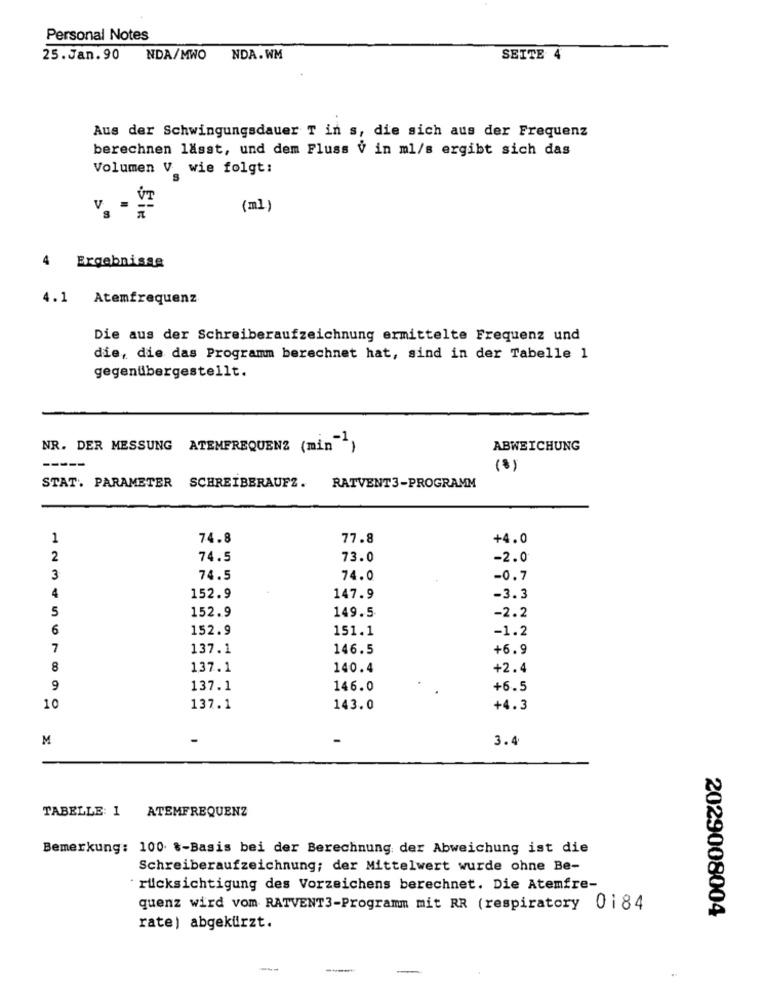
Personal Notes
25.Jan.90 NDA/MWO
NDA.WM
SEITE 4
Aus der Schwingungsdauer T in s, die sich aus der Frequenz
berechnen lässt, und dem Fluss V in ml/s ergibt sich das
Volumen V wie folgt:
(ml)
4 Ergebnisse
4.1 Atemfrequenz
Die aus der Schreiberaufzeichnung ermittelte Frequenz und
die, die das Programm berechnet hat, sind in der Tabelle 1
gegenübergestellt.
NR. DER MESSUNG ATEMFREQUENZ (min")
ABWEICHUNG
-----
(8)
STAT. PARAMETER SCHREIBERAUFZ.
RATVENT3-PROGRAMM
1
74.8
77.8
+4.0
2
74.5
73.0
-2.0
3
74.5
74.0
-0.7
4
152.9
147.9
-3.3
5
152.9
149.5
-2.2
6
152.9
151.1
-1.2
7
137.1
146.5
+6.9
8
137.1
140.4
+2.4
9
137.1
146.0
+6.5
10
137.1
143.0
+4.3
M
3.4
TABELLE: 1 ATEMFREQUENZ
Bemerkung: 100 %-Basis bei der Berechnung der Abweichung ist die
Schreiberaufzeichnung; der Mittelwert wurde ohne Be-
rücksichtigung des Vorzeichens berechnet. Die Atemfre-
quenz wird vom RATVENT3-Programm mit RR (respiratory 0184
2029008004
rate) abgekürzt.